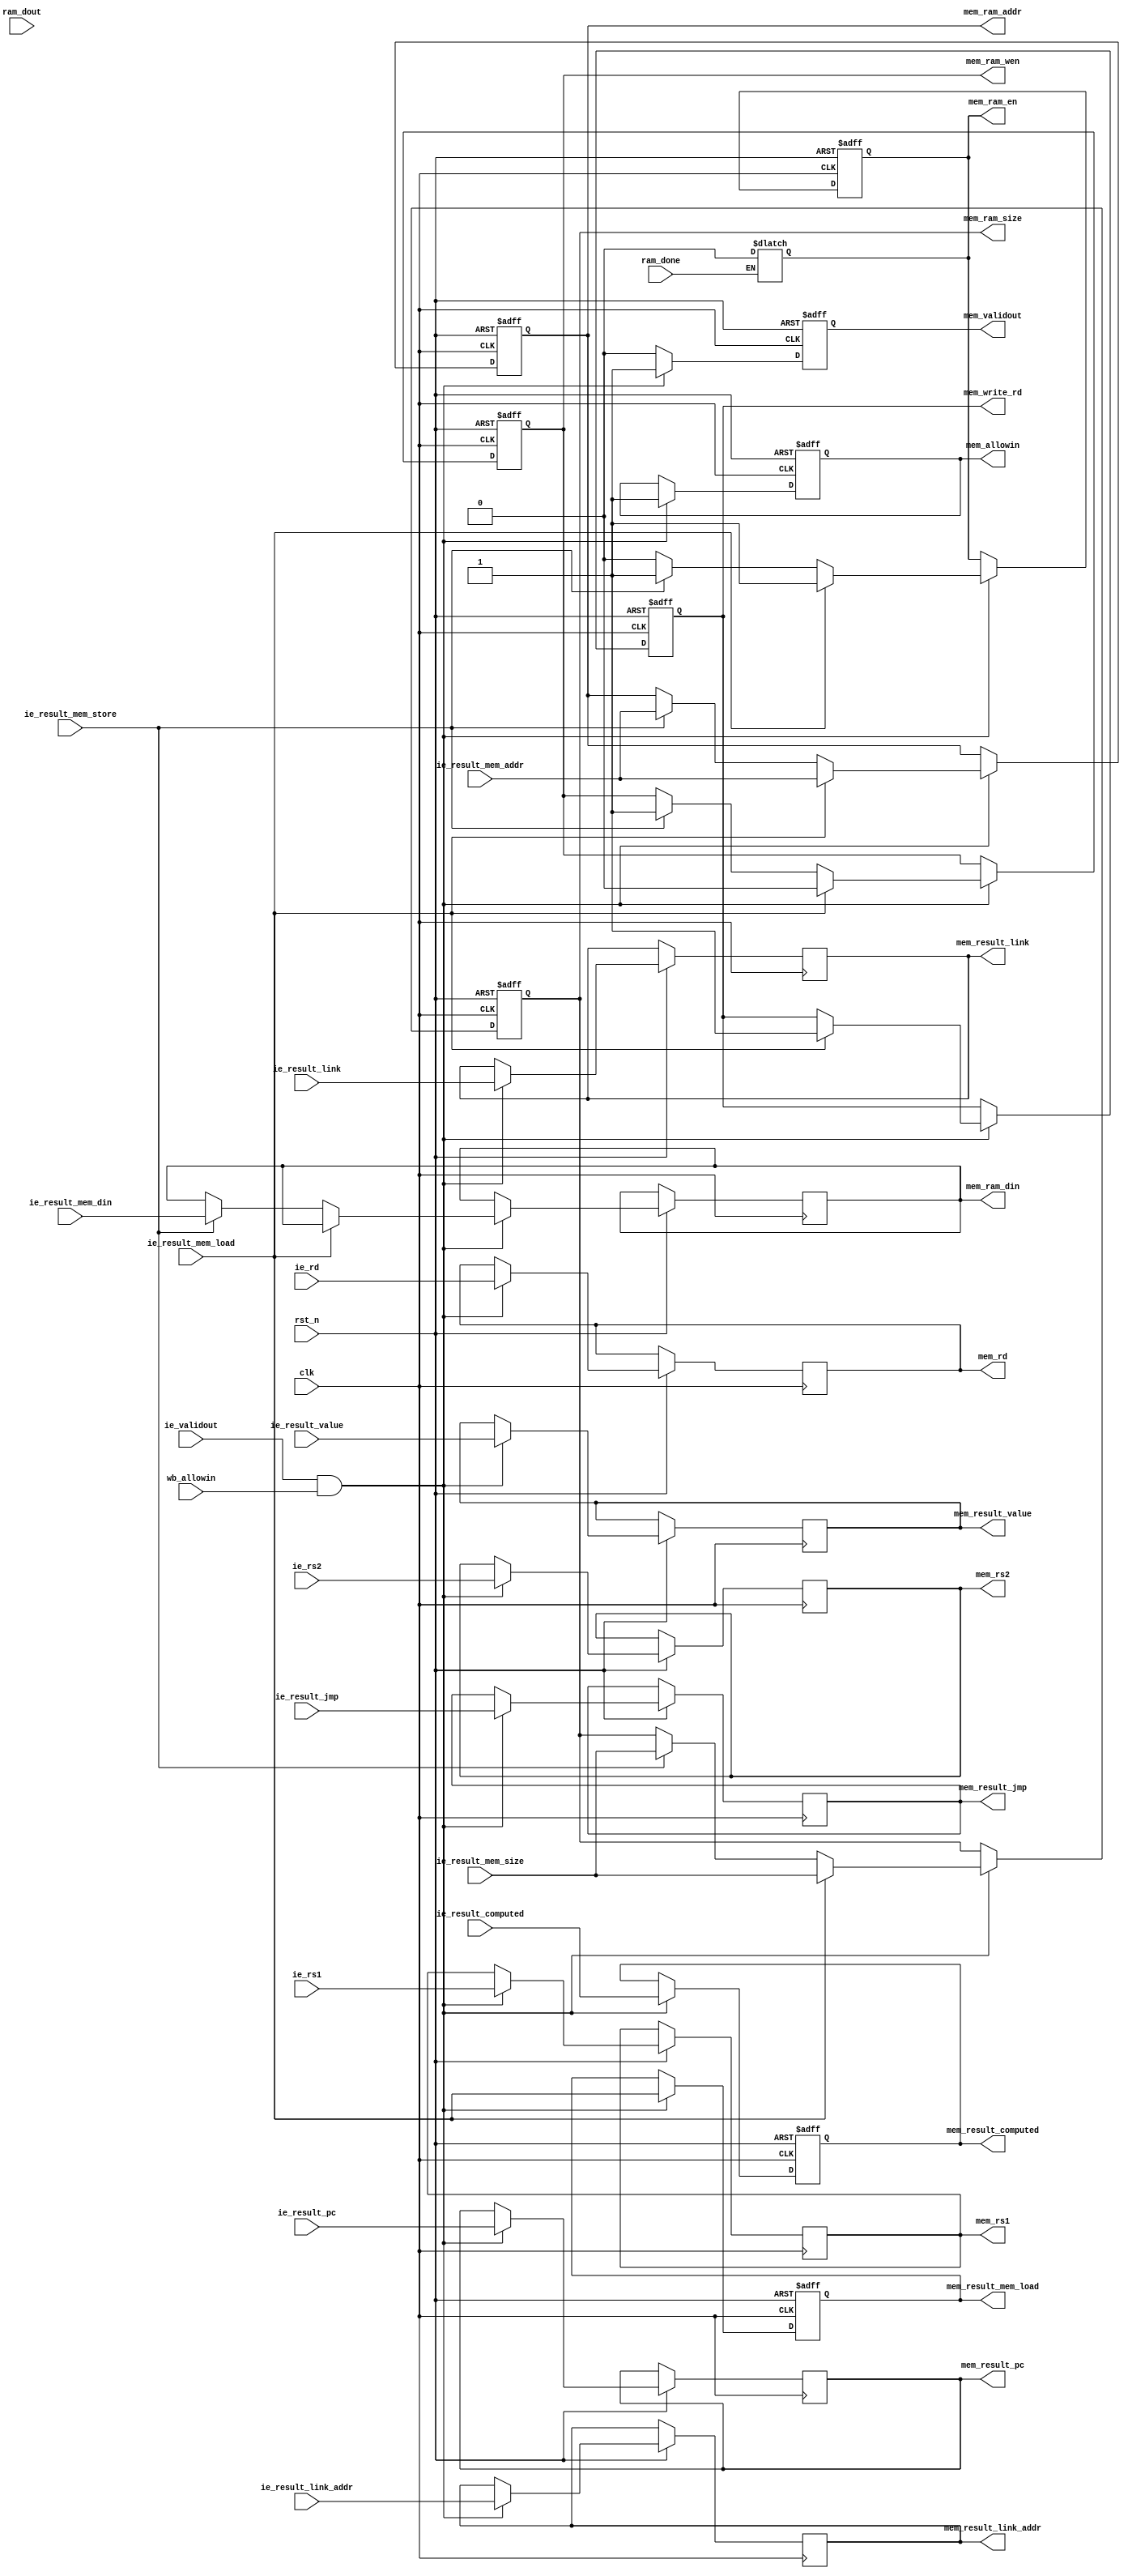
/**
 * Description: Pipe MEM(Momory)  (the 4th pipe)
*/

module core_pipe_mem (
    input               clk,
    input               rst_n,
    output reg          mem_validout,
    output reg          mem_allowin,
    input               ie_validout,
    input               wb_allowin,
    //reg
    input[4:0]          ie_rd,
    input[4:0]          ie_rs1,
    input[4:0]          ie_rs2,
    //results
    //Memory Instruction
    input[1:0]          ie_result_mem_size,
    input               ie_result_mem_load,
    input               ie_result_mem_store,
    input[31:0]         ie_result_mem_addr,
    input[31:0]         ie_result_mem_din,
    //Transfer Control
    input[31:0]         ie_result_pc,
    input               ie_result_jmp,
    input               ie_result_link,
    input[31:0]         ie_result_link_addr,
    //Computational
    input[31:0]         ie_result_value,
    input               ie_result_computed,
    //keep for wb
    //regs
    output reg[4:0]     mem_rd,
    output reg[4:0]     mem_rs1,
    output reg[4:0]     mem_rs2,
    //memory read
    output reg          mem_result_mem_load,
    output reg          mem_write_rd,
    //Transfer Control
    output reg[31:0]    mem_result_pc,
    output reg          mem_result_jmp,
    output reg          mem_result_link,
    output reg[31:0]    mem_result_link_addr,
    //Computational
    output reg[31:0]    mem_result_value,
    output reg          mem_result_computed,
    //ram control
    input               ram_done,
    input[31:0]         ram_dout,
    output reg          mem_ram_en,
    output reg          mem_ram_wen,
    output reg[31:0]    mem_ram_addr,
    output reg[1:0]     mem_ram_size,
    output reg[31:0]    mem_ram_din
);

reg         reg_useless;

always @(*) begin
    if (ram_done) begin
        mem_ram_en  =   1'b0;
    end
end

always @(posedge clk or negedge rst_n) begin
    if (!rst_n) begin
        mem_allowin     <= 1'b1;
        mem_validout    <= 1'b0;
        mem_write_rd    <= 1'b0;
        mem_ram_en      <= 1'b0;
        mem_ram_addr    <= 32'd0;
        mem_ram_size    <= 2'd0;
        mem_ram_wen     <= 1'b0;
        mem_result_mem_load <= 1'b0;
        mem_result_computed <= 1'b0;
    end else begin
        if (ie_validout & wb_allowin) begin
            mem_allowin     <= 1'b1;
            mem_validout    <= 1'b1;
            //mem
            mem_result_mem_load             <= ie_result_mem_load;
            //regs
            mem_rd                          <= ie_rd;
            mem_rs1                         <= ie_rs1;
            mem_rs2                         <= ie_rs2;
            //transfer
            mem_result_pc                   <= ie_result_pc;
            mem_result_jmp                  <= ie_result_jmp;
            mem_result_link                 <= ie_result_link;
            mem_result_link_addr            <= ie_result_link_addr;
            //computational
            mem_result_value                <= ie_result_value;
            mem_result_computed             <= ie_result_computed;
            if (ie_result_mem_load) begin
                mem_write_rd    <= 1'b1;
                mem_ram_en      <= 1'b1;
                mem_ram_wen     <= 1'b0;
                mem_ram_addr    <= ie_result_mem_addr;
                mem_ram_size    <= ie_result_mem_size;
            end else if(ie_result_mem_store) begin
                mem_ram_en      <= 1'b1;
                mem_ram_wen     <= 1'b1;
                mem_ram_addr    <= ie_result_mem_addr;
                mem_ram_size    <= ie_result_mem_size;
                mem_ram_din     <= ie_result_mem_din;
            end else begin
                mem_ram_en      <= 1'b0;
            end
        end else begin
            mem_validout    <= 1'b0;
        end
    end
end

endmodule